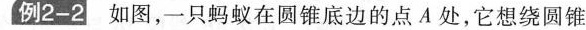
例2-2 如图，一只蚂蚁在圆锥底边的点A处，它想绕圆锥